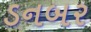
ડનબર